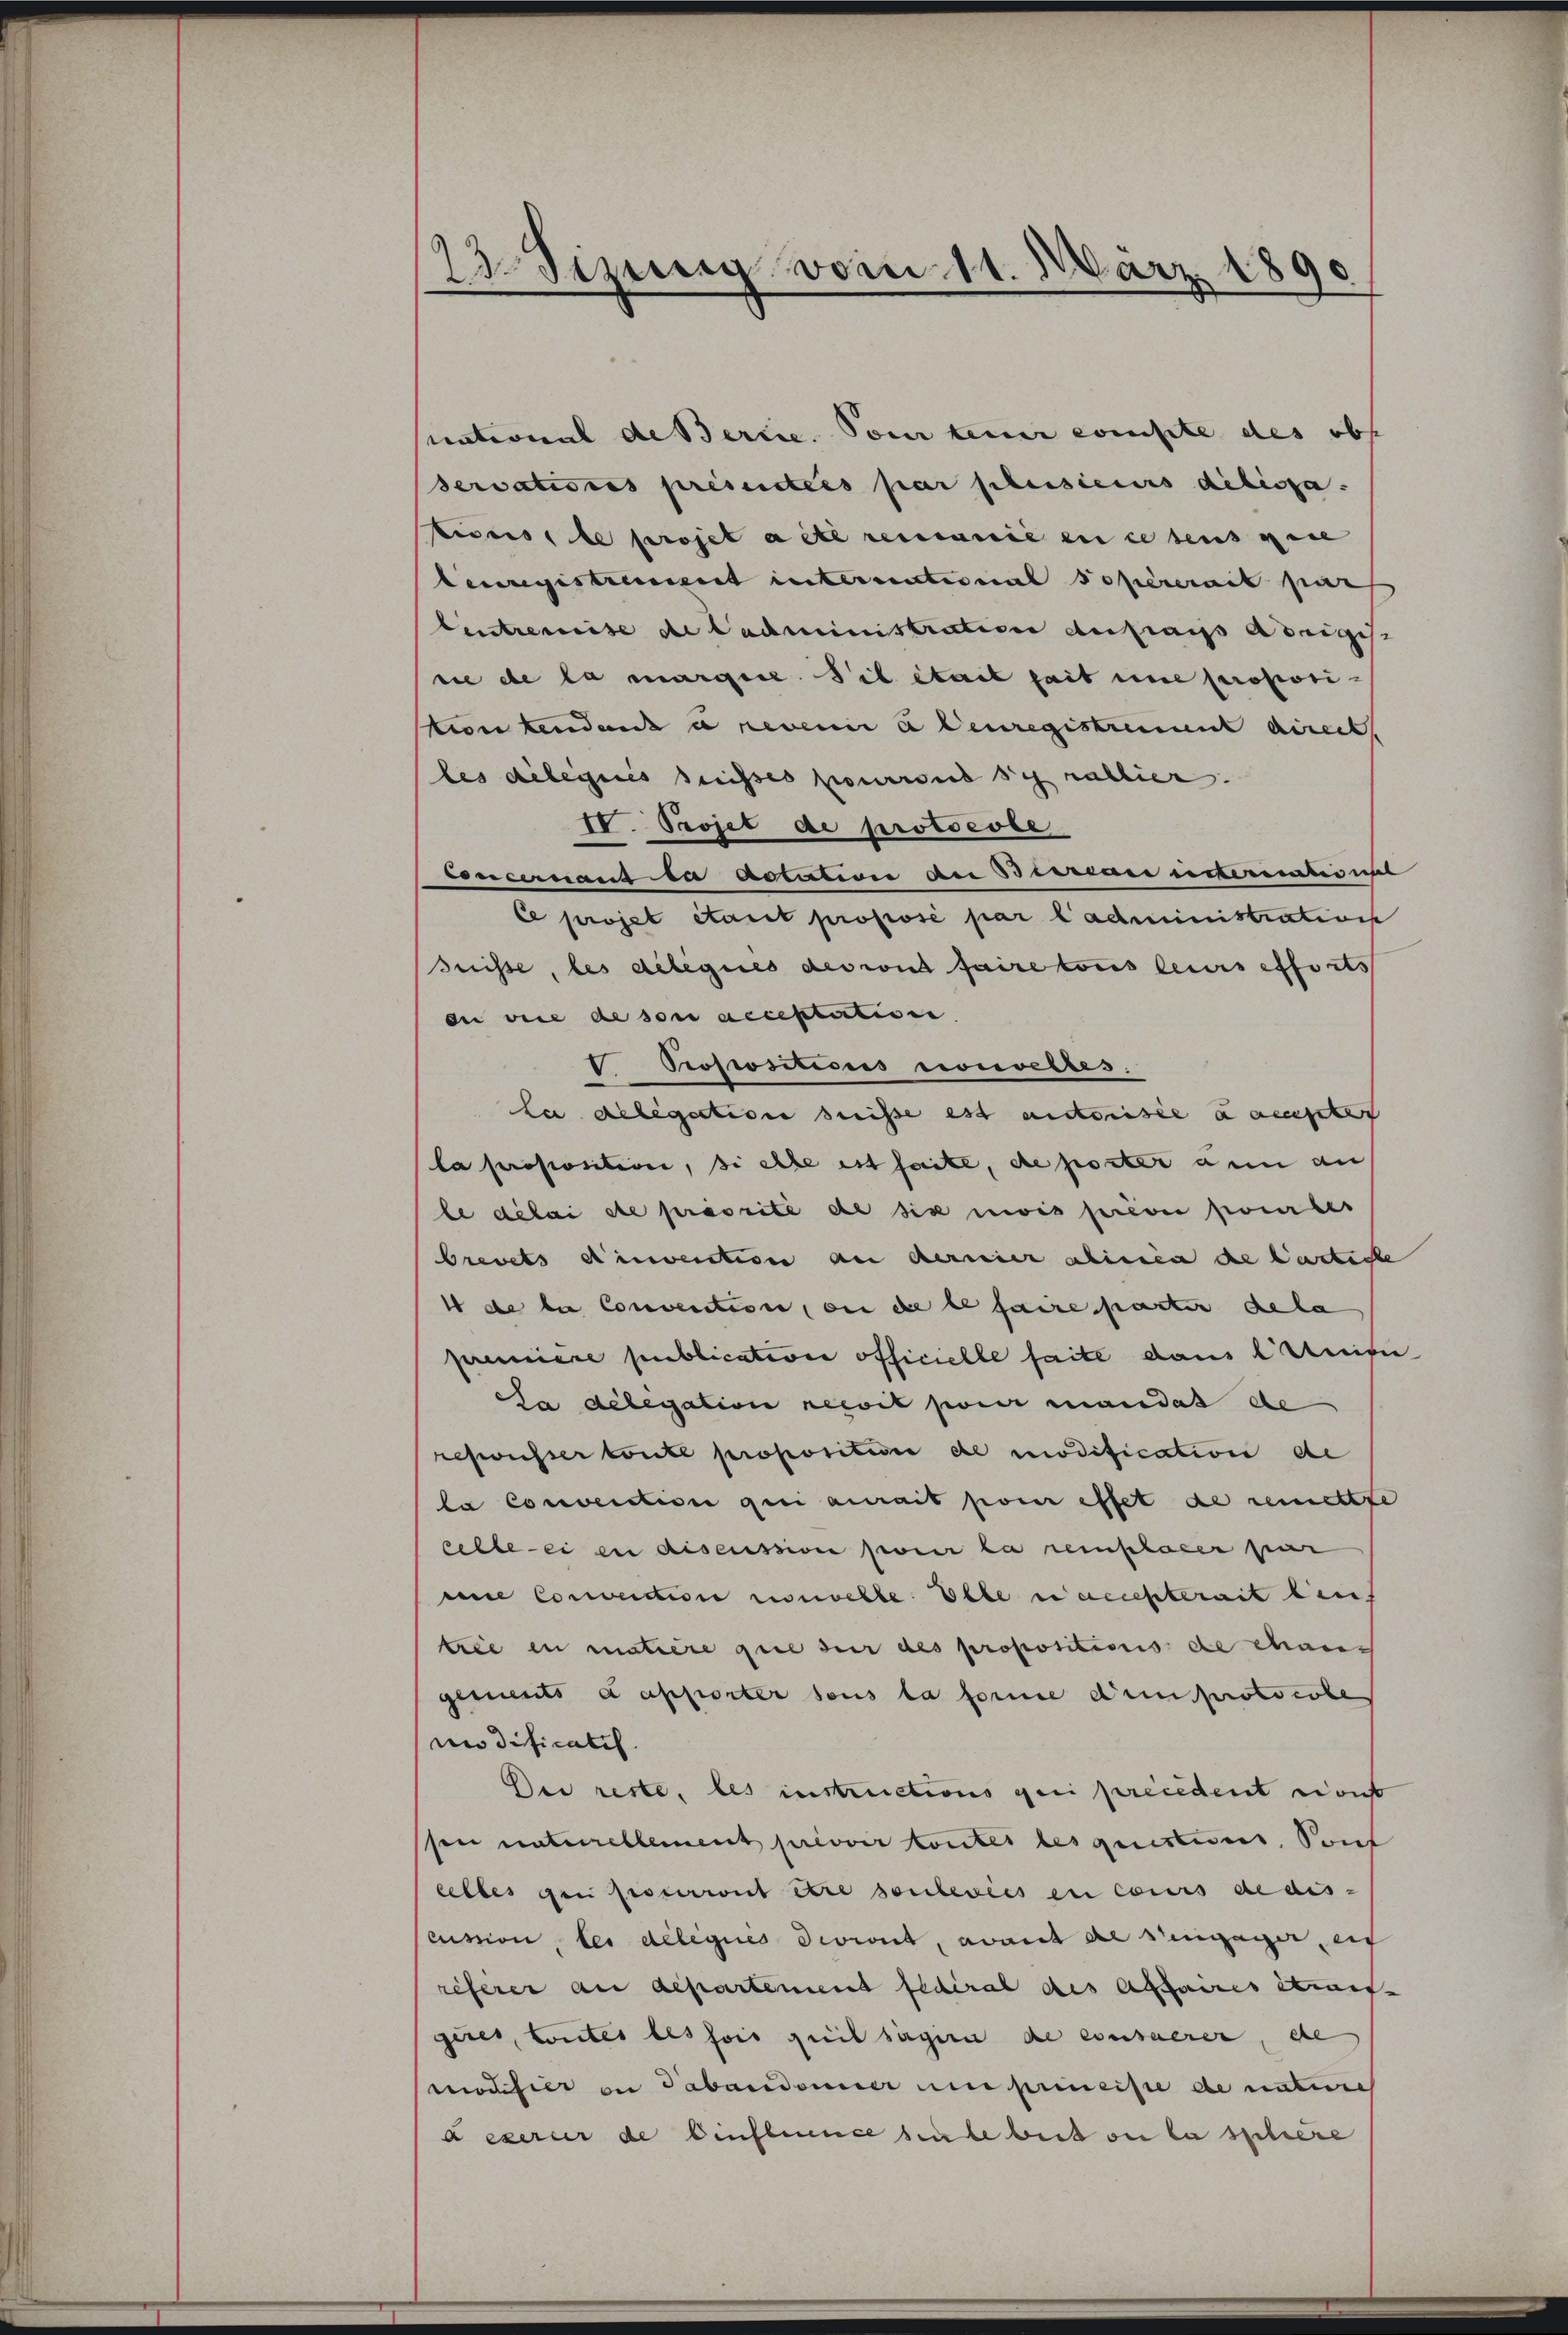
23. Sizung vom 11. März 1890

National de Bertie. Son teuer einste des obs
servatiores présentées par plusieurs delissa.
tices, le projet acte remanie en ce teus gene
Cenregistrement international sopérerait par
Eintremise de Ladministration anfrau Weiges
sie de la margine. Sil était seit eine proposistion kendent a nevenir à leuregistrement direct.
les délégués suisses pourront schnallier.
IV. Projet de protocole
concernaus da dotation an Birrian unternationst
Ce projet était proposé par l’administrations
Suisse, les délégues des vnd faire tous leurs efforts
en vie de son acceptation
I Propositions nouvelles.
la delegation heisse est anderisie danste
la propositive, si elle est faite, de poster ann auf
le délai se priorité de six mois serin herber
brevets d’invention an dernier ainen die bastice
1 de bei Convention, an die le faire parter dela
première publicativer officielle faite dans leife
Da delegation recit poner mandat de
resausser toute proposition de modification de
la Convention qui aurait pour effet de remettre
celle eien discussion poner la remplarer par
eine Convention nouvelle Elle nachterait leis
trie in matière que ser des propositionis de chan-
gements d apporter sous la forme dein protocole
nmodificatis.
Dei reste, les instructions geri precedent const
ssen naturellement privoir kontes lesquestens, Souf
eelles geri pourront être sontevies en cours de aus-
cussion, les deliques deviert, avait der Weinganger, ein
referer an aepartement fédéral des Affaires etwas
gires, toutes les fois quit sagern de consuerer, de
modifier in Tabandoner und primeiste de nature
deserer de Einfluence seule beit ou lasschere